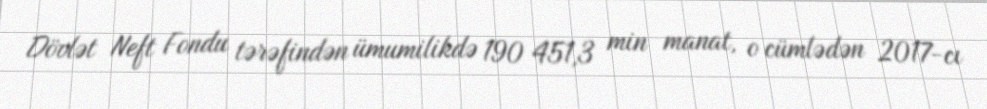
Dövlət Neft Fondu tərəfindən ümumilikdə 190 451,3 min manat, o cümlədən 2017-cı